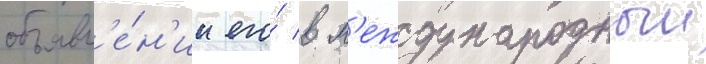
объявл'е́н'ии его́ в м'еждународныи